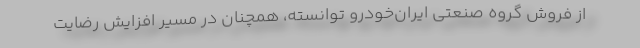
از فروش گروه صنعتی ایران‌خودرو توانسته، همچنان در مسیر افزایش رضایت